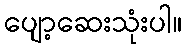
ပျော့ဆေးသုံးပါ။